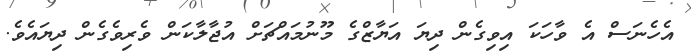
އެހެނަސް އެ ވާހަކަ އިވިގެން ދިޔަ އަޔާޒްގެ މޫނުމައްޗަށް އުޖާލާކަން ވެރިވެގެން ދިޔައެވެ.